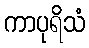
ကာပုရိသံ